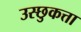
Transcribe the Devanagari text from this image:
उस्छुकत्ता